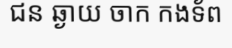
ជន ឆ្ងាយ ចាក កងទ័ព